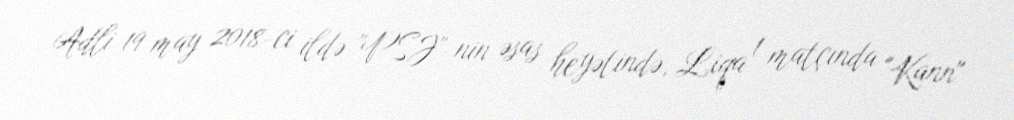
Adli 19 may 2018-ci ildə "PSJ"-nin əsas heyətində, Liqa 1 matçında "Kann"